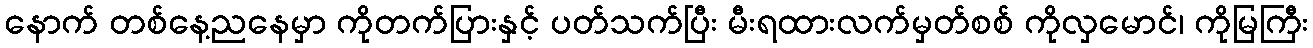
နောက် တစ်နေ့ညနေမှာ ကိုတက်ပြားနှင့် ပတ်သက်ပြီး မီးရထားလက်မှတ်စစ် ကိုလှမောင်၊ ကိုမြကြီး